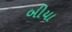
બીયા